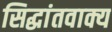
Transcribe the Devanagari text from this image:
सिद्धांतवाक्य